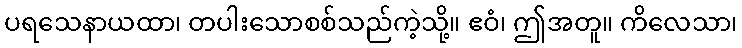
ပရသေနာယထာ၊ တပါးသောစစ်သည်ကဲ့သို့။ ဧဝံ၊ ဤအတူ။ ကိလေသာ၊